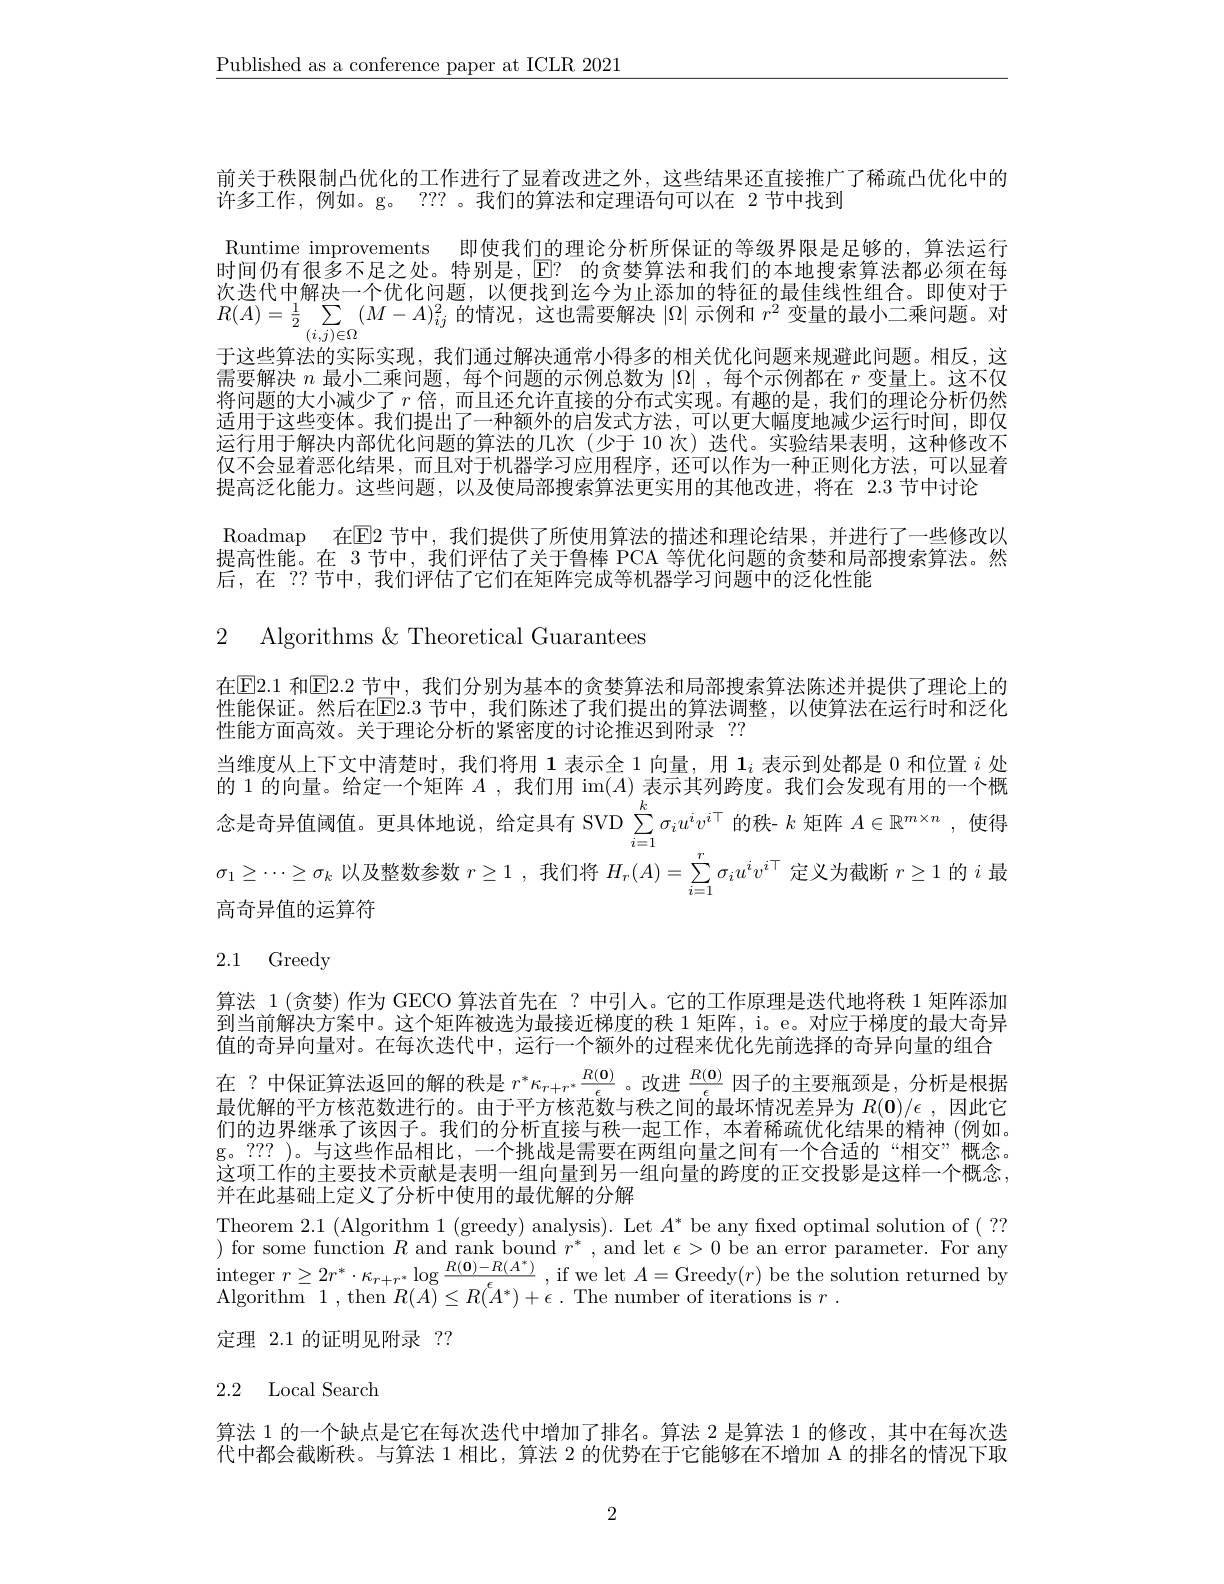
$\underline{\text{Published as a conference paper at ICLR 2021}}$

前关于秩限制凸优化的工作进行了显着改进之外，这些结果还直接推广了稀疏凸优化中的
许多工作，例如。g。??? 。我们的算法和定理语句可以在 2 节中找到
Runtime improvements 即使我们的理论分析所保证的等级界限是足够的，算法运行时间仍有很多不足之处。特别是，$\mathbb{E}?$的贪婪算法和我们的本地搜索算法都必须在每次迭代中解决一个优化问题，以便找到迄今为止添加的特征的最佳线性组合。即使对于$R(A)=\frac{1}{2}\sum_{(i,j)\in\mathcal{O}}(M-A)_{ij}^{2}$的情况，这也需要解决$|\Omega|$示例和$r^2$变量的最小二乘问题。对于这些算法的实际实现，我们通过解决通常小得多的相关优化问题来规避此问题。相反，这需要解决$n$最小二乘问题，每个问题的示例总数为$|\Omega|$ ,每个示例都在$r$变量上。这不仅将问题的大小减少了$r$倍，而且还允许直接的分布式实现。有趣的是，我们的理论分析仍然适用于这些变体。我们提出了一种额外的启发式方法，可以更大幅度地减少运行时间，即仅运行用于解决内部优化问题的算法的几次(少于 10 次) 迭代。实验结果表明，这种修改不仅不会显着恶化结果，而且对于机器学习应用程序，还可以作为一种正则化方法，可以显着提高泛化能力。这些问题，以及便局部搜索算法史实用的其他改进，将在 2.3 节中讨论
Roadmap 在$\boxed{\mathrm{E}}$2 节中，我们提供了所使用算法的描述和理论结果，并进行了一些修改以提高性能。在 3 节中，我们评估了关于鲁棒 PCA 等优化问题的贪婪和局部搜索算法。然后，在 ??节中，我们评估了它们在矩阵完成等机器学习问题中的泛化性能

# 2.1 Greedy

2 Algorithms & Theoretical Guarantees
在E2. 1 和 E2. 2 节中，我们分别为基本的贪婪算法和局部搜索算法陈述并提供了理论上的性能保证。然后在$\overline{\mathrm{E}}2.3$ 节中，我们陈述了我们提出的算法调整，以使算法在运行时和泛化性能方面高效。关于理论分析的紧密度的讨论推迟到附录 ??
当维度从上下文中清楚时，我们将用 1 表示全 1 向量，用$1_i$表示到处都是 0 和位置$i$处的 1 的向量。给定一个矩阵$A$ ,我们用 im$(A)$表示其列跨度。我们会发现有用的一个概念是奇异值阈值。更具体地说，给定具有 SVD $\sum_i=1^{k}\sigma_iu^iv^{i\top}$的秩- $k$矩阵$A\in\mathbb{R}^m\times n$ ,使得$\sigma_{1}\geq\cdots\geq\sigma_{k}$以及整数参数$r\geq1$,我们将$H_r(A)=\sum_i=1^{'}\sigma_{i}u^{i}v^{i\top}$定义为截断$r\geq1$的$i$最高奇异值的运算符
算法 1(贪婪)作为 GECO 算法首先在？中引人。它的工作原理是迭代地将秩 1 矩阵添加到当前解决方案中。这个矩阵被选为最接近梯度的秩 1 矩阵，i。e。对应于梯度的最大奇异值的奇异向量对。在每次迭代中，运行一个额外的过程来优化先前选择的奇异向量的组合
在 ? 中保证算法返回的解的秩是$r^*\kappa_{r+r^*}\frac{R(\mathbf{0})}\epsilon$ 。改进$\frac{R(\mathbf{0})}\epsilon$因子的主要瓶颈是，分析是根据最优解的平方核范数进行的。由于平方核范数与秩之间的最坏情况差异为$R(\mathbf{0})/\epsilon$ ,因此它们的边界继承了该因子。我们的分析直接与秩一起工作，本着稀疏优化结果的精神(例如。g。??? )。与这些作品相比，一个挑战是需要在两组向量之间有一个合适的“相交”概念。这项工作的主要技术贡献是表明一组向量到另一组向量的跨度的正交投影是这样一个概念， 并在此基础上定义了分析中使用的最优解的分解
Theorem 2.1 (Algorithm 1 (greedy) analysis). Let $A^*$ be any fixed optimal solution of ( ?? Algorithm 1,then $R(A)\leq R(\bar{A}^{*})+\epsilon.$The number of iterations is $r.$

定理 2.1 的证明见附录？?

# 2.2 Local Search

算法 1 的一个缺点是它在每次迭代中增加了排名。算法 2 是算法 1 的修改，其中在每次迭代中都会截断秩。与算法 1 相比，算法 2 的优势在于它能够在不增加 A 的排名的情况下取

2